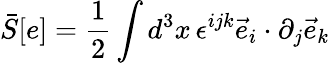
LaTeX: {\bar{S}}[e]=\frac{1}{2}\int d^{3}x\, \epsilon^{ijk}{\vec{e}}_{i}\cdot\partial_{j}{\vec{e}}_{k}